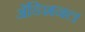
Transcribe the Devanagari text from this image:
अॅडिशनल